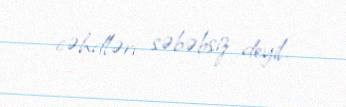
cəhdləri səbəbsiz deyil.